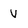
Character: v